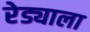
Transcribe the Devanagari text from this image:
रेड्याला